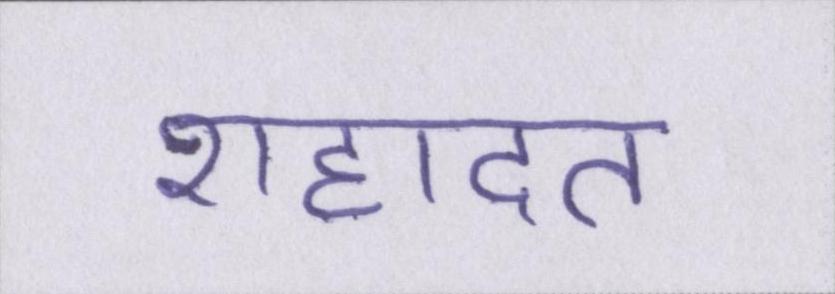
शहादत